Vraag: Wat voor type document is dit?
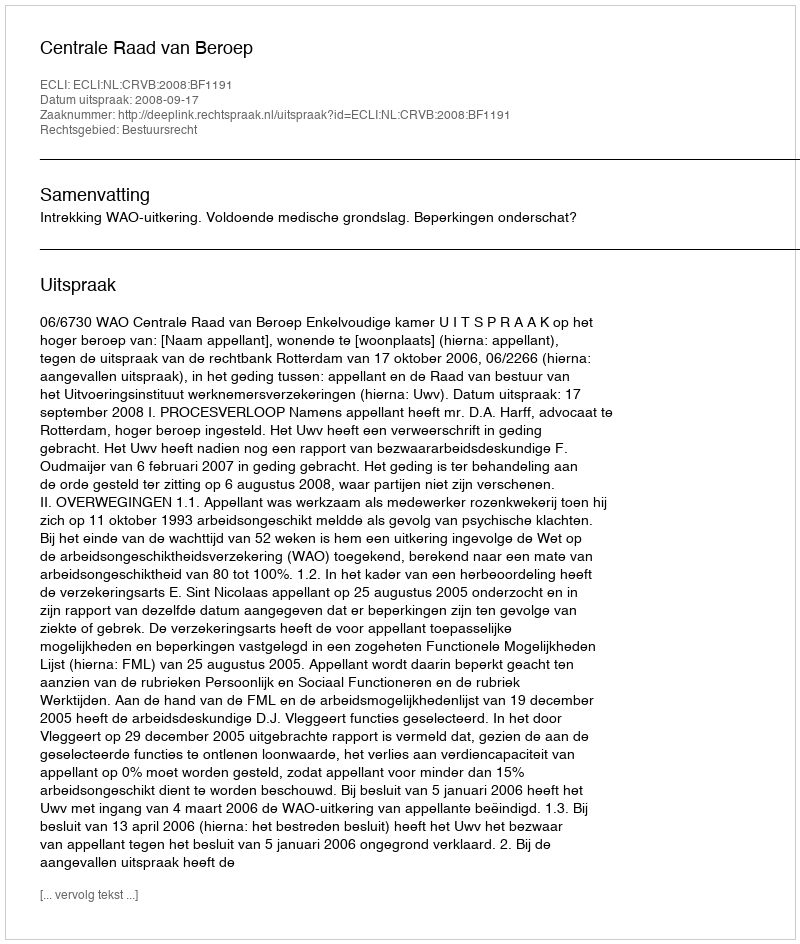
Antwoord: Uitspraak